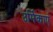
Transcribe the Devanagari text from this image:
उर्मिकाएँ